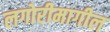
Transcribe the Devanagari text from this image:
लगोरीमागील